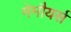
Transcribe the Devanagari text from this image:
मेमौयर्स